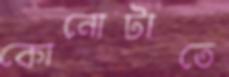
কোনোটাতে